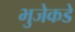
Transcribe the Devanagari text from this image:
भुजेकडे